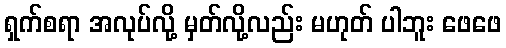
ရှက်စရာ အလုပ်လို့ မှတ်လို့လည်း မဟုတ် ပါဘူး ဖေဖေ